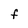
Character: f